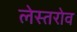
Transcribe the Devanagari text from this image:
लेस्तरोव